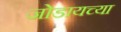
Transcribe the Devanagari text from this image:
जोडायच्या